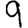
Digit: 9